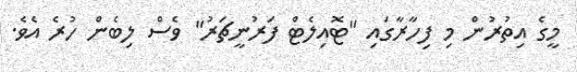
މީގެ އިތުރުން މި ފިހާރާގައި "ޓޮއިލެޓް ފަރުނީޗަރު" ވެސް ލިބެން ހުރެ އެވެ.